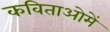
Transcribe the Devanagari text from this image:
कविताओमें